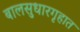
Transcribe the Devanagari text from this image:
बालसुधारगृहात